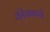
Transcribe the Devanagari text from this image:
कीचकाने